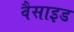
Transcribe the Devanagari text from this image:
वैसाइड